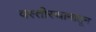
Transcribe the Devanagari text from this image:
वस्तीस्थानातून